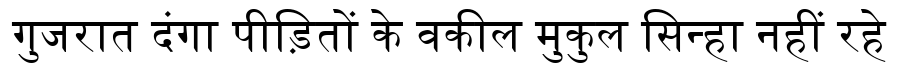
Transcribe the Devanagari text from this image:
गुजरात दंगा पीड़ितों के वकील मुकुल सिन्हा नहीं रहे